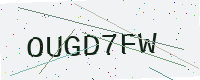
Text: OUGD7FW